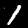
Label: 1